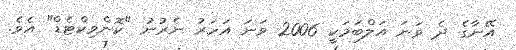
އޭނާގެ ދެ ވަނަ އަލްބަމަކީ 2006 ވަނަ އަހަރު ނެރުނު "ކޮންވިކްޓެޑް" އެވެ.